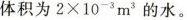
体积为$$2 \times 1 0 ^ { - 3 } m ^ { 3 }$$ 的水。